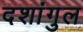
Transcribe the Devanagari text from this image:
दशांगुल